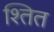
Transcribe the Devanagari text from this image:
श्तित